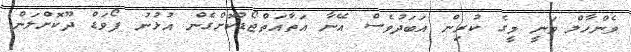
ވެންހާލް ވަނީ މީގެ ކުރިން އަބަދުވެސް އޭނާ އަތާއަތްޖޯޑުކޮށްގެން އުޅުނު ފޯވަޑް ދޫކޮށްލަން